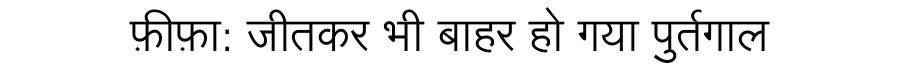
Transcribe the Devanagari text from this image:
फ़ीफ़ा: जीतकर भी बाहर हो गया पुर्तगाल